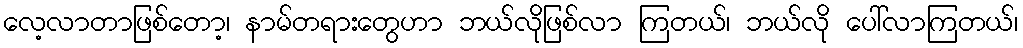
လေ့လာတာဖြစ်တော့၊ နာမ်တရားတွေဟာ ဘယ်လိုဖြစ်လာ ကြတယ်၊ ဘယ်လို ပေါ်လာကြတယ်၊